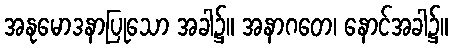
အနုမောဒနာပြုသော အခါ၌။ အနာဂတေ၊ နောင်အခါ၌။